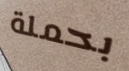
بحملة